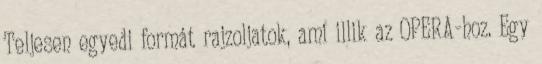
Teljesen egyedi formát rajzoljatok, ami illik az OPERA-hoz. Egy